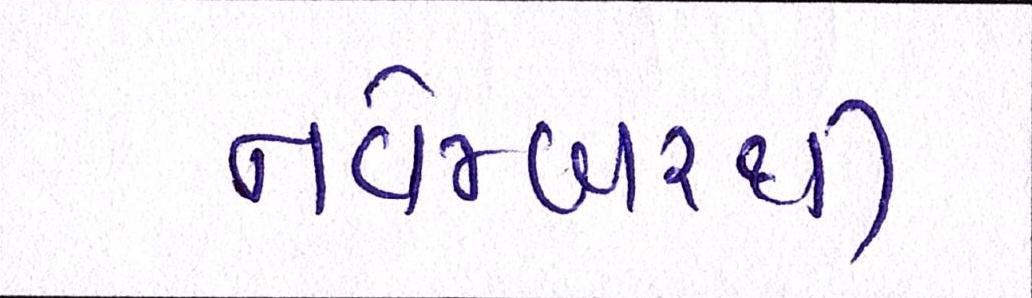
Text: નવેમ્બરથી